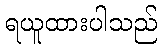
ရယူထားပါသည်